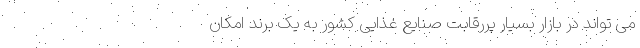
می تواند در بازار بسیار پررقابت صنایع غذایی کشور به یک برند امکان